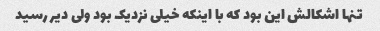
تنها اشکالش این بود که با اینکه خیلی نزدیک بود ولی دیر رسید